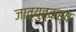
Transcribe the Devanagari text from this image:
जात्युत्कर्ष